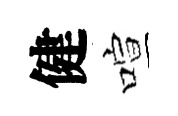
健喧